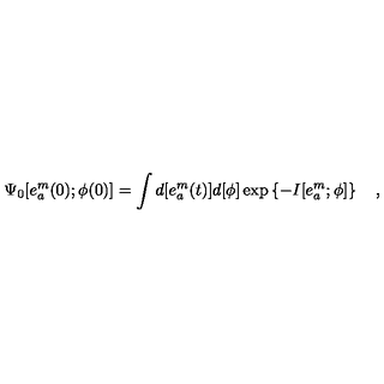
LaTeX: \Psi _ { 0 } [ e _ { a } ^ { m } ( 0 ) ; \phi ( 0 ) ] = \int d [ e _ { a } ^ { m } ( t ) ] d [ \phi ] \exp \left\{ - I [ e _ { a } ^ { m } ; \phi ] \right\} \quad ,